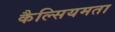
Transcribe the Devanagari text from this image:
कैल्सियमता